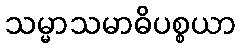
သမ္မာသမာဓိပစ္စယာ